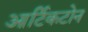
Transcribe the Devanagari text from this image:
आर्टिकटोन